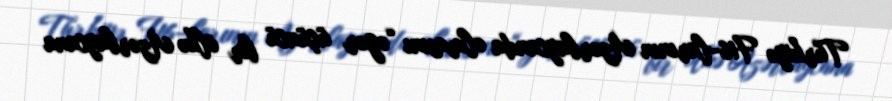
Türkiyə F16-larının Azərbaycanda olmasını “əgər üçüncü bir ölkə Azərbaycana